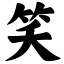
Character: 笑